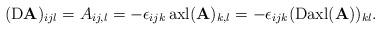
LaTeX: \begin{align*}({\rm D}\mathbf{A})_{ijl}=A_{ij,l}=-\epsilon_{ijk} \, {\rm axl}(\mathbf{A})_{k,l}=-\epsilon_{ijk}({\rm D}{\rm axl}(\mathbf{A}))_{kl}.\end{align*}